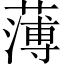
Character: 薄